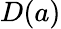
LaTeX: D(a)